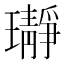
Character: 𬎛